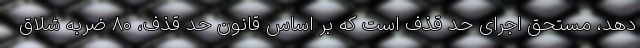
دهد، مستحق اجرای حد قذف است که بر اساس قانون حد قذف، ۸۰ ضربه شلاق